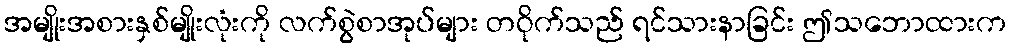
အမျိုးအစားနှစ်မျိုးလုံးကို လက်စွဲစာအုပ်များ တဝိုက်သည် ရင်သားနာခြင်း ဤသဘောထားက